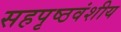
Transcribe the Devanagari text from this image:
सहपृष्ठवंशीय